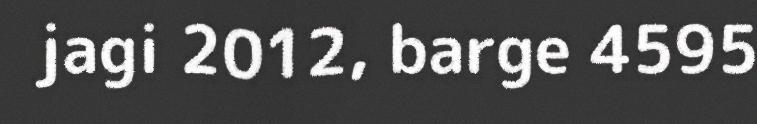
jagi 2012, barge 4595